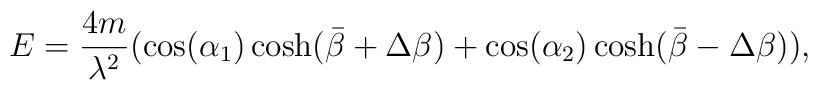
E=\frac{4m}{\lambda^2}(\cos(\alpha_{1})\cosh(\bar{\beta}+\Delta\beta)+\cos(\alpha_{2})\cosh(\bar{\beta}-\Delta\beta)),